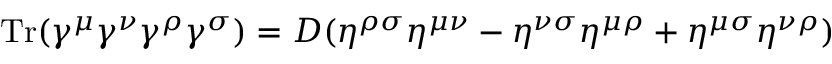
\mathrm { T r } ( \gamma ^ { \mu } \gamma ^ { \nu } \gamma ^ { \rho } \gamma ^ { \sigma } ) = D ( \eta ^ { \rho \sigma } \eta ^ { \mu \nu } - \eta ^ { \nu \sigma } \eta ^ { \mu \rho } + \eta ^ { \mu \sigma } \eta ^ { \nu \rho } )